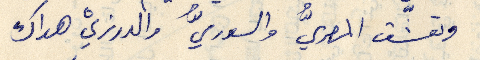
وتعشّق المصريُّ والسوريُّ والدرزيْ هواك